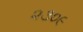
૨૩૦૯